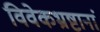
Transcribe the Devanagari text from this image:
विवेकभ्रष्टानां